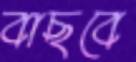
বাছবে